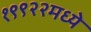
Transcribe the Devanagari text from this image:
१९९२२मध्ये